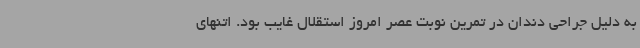
به دلیل جراحی دندان در تمرین نوبت عصر امروز استقلال غایب بود. اتنهای